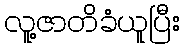
လူ့ဇာတိခံယူပြီး